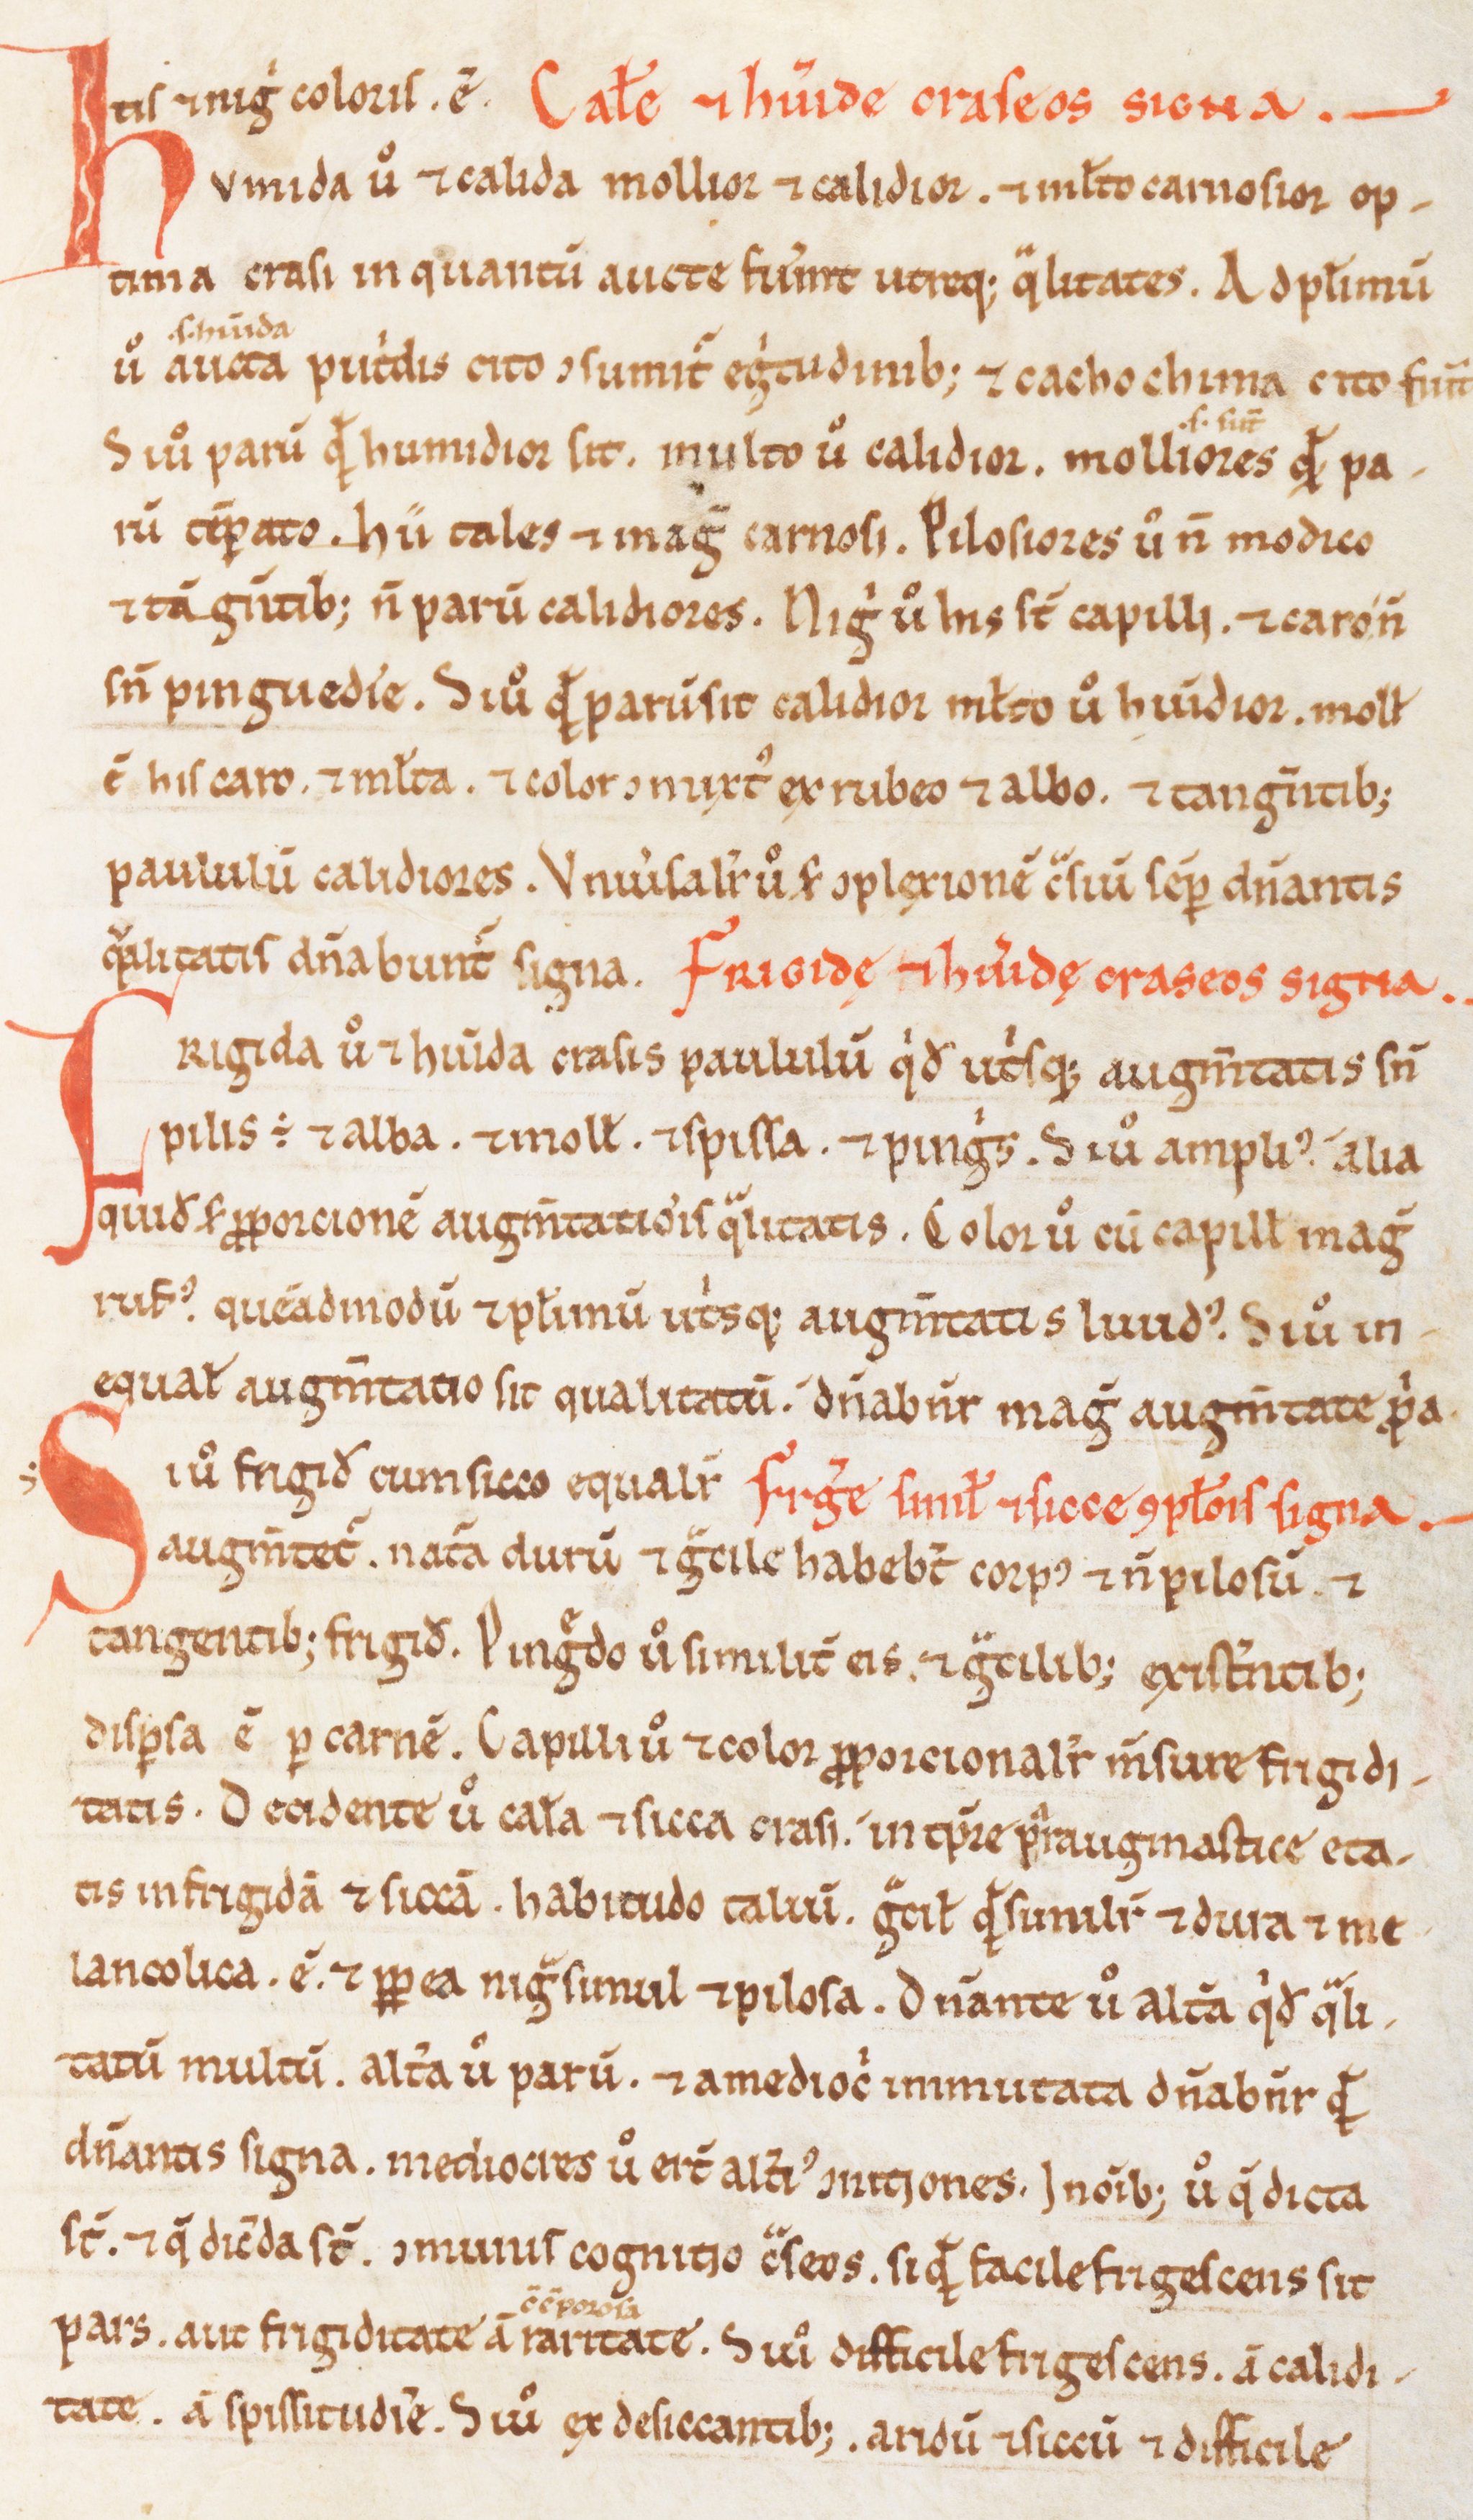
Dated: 900–1199